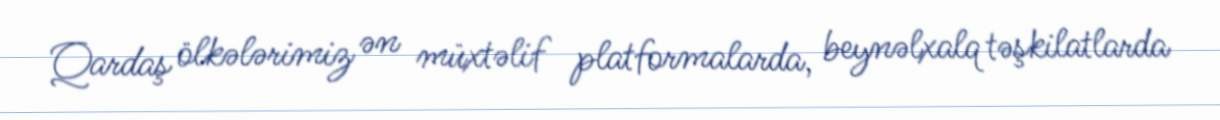
Qardaş ölkələrimiz ən müxtəlif platformalarda, beynəlxalq təşkilatlarda